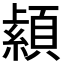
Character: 𦅐